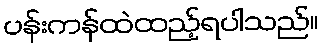
ပန်းကန်ထဲထည့်ရပါသည်။